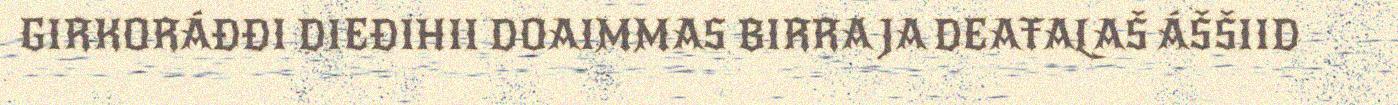
GIRKORÁĐĐI DIEĐIHII DOAIMMAS BIRRA JA DEAŦALAŠ ÁŠŠIID